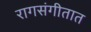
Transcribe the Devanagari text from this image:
रागसंगीतात